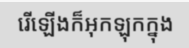
រើឡើងក៏អុកឡុកក្នុង